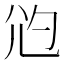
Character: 尦